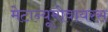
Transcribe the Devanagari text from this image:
मेटान्यूमोवायरस